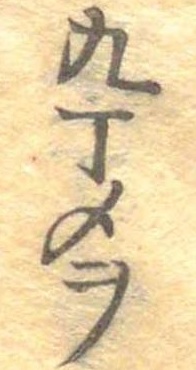
九丁メヲ